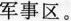
军事区。